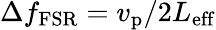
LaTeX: \Delta f_{\mathrm{FSR}}=v_{\mathrm{p}}/2L_{\mathrm{eff}}